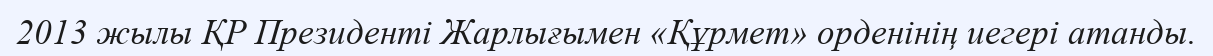
2013 жылы ҚР Президенті Жарлығымен «Құрмет» орденінің иегері атанды.